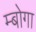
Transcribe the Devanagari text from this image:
म्बोगा